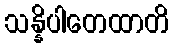
သန္နိပါတေထာတိ